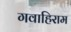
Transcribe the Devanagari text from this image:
गवाहिराम